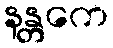
နန္တကေ